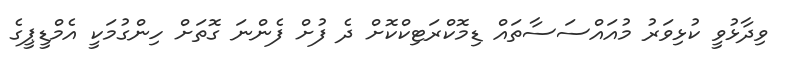
ވިދާޅުވީ ކުޅިވަރު މުއައްސަސާތައް ޑިމޮކްރަޓިކްކޮށް ދެ ފުށް ފެންނަ ގޮތަށް ހިންގުމަކީ އެމްޑީޕީގެ